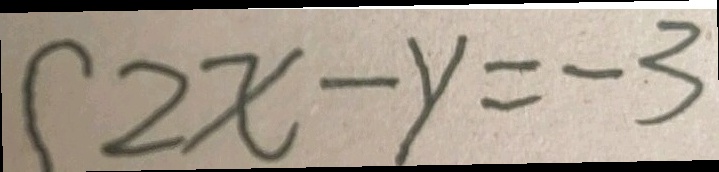
2 x - y = - 3